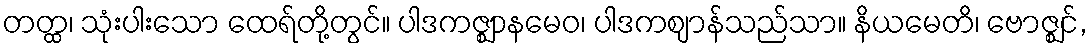
တတ္ထ၊ သုံးပါးသော ထေရ်တို့တွင်။ ပါဒကဇ္ဈာနမေဝ၊ ပါဒကဈာန်သည်သာ။ နိယမေတိ၊ ဗောဇ္ဈင်,